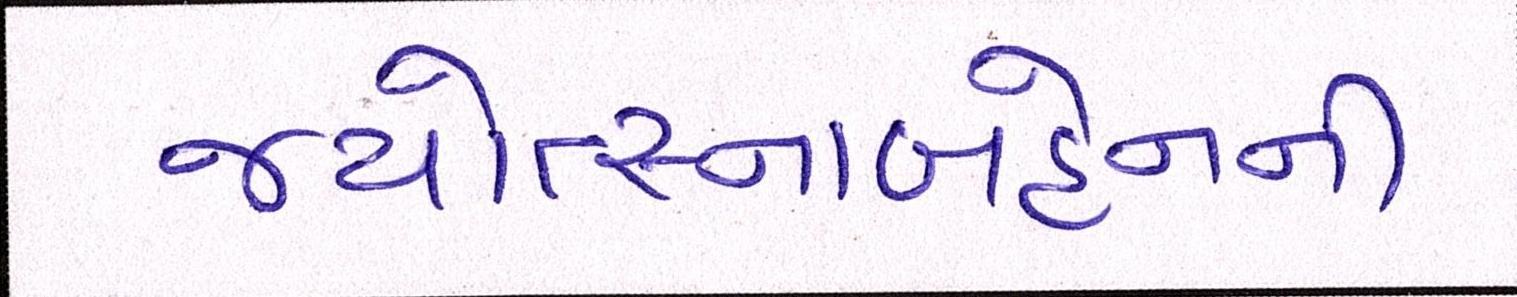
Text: જ્યોત્સ્નાબહેનની